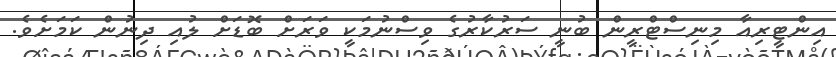
އިންޓީރިއާ މިނިސްޓްރީން ބުނީ ސަރުކާރުގެ ވިސްނުމަކީ ވަރަށް ބޮޑަށް ލުއި ދިނުން ކަމަށެވެ.